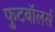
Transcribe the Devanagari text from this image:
फुटबॉलर्स